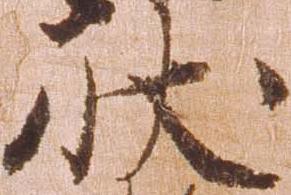
状